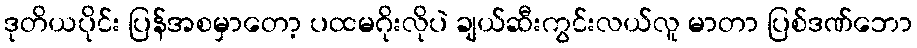
ဒုတိယပိုင်း ပြန်အစမှာတော့ ပထမဂိုးလိုပဲ ချယ်ဆီးကွင်းလယ်လူ မာတာ ပြစ်ဒဏ်ဘော